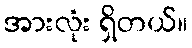
အားလုံး ရှိတယ်။